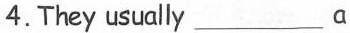
4.They usually___ a